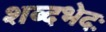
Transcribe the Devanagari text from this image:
शब्दभेदः